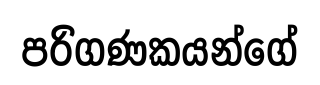
පරිගණකයන්ගේ